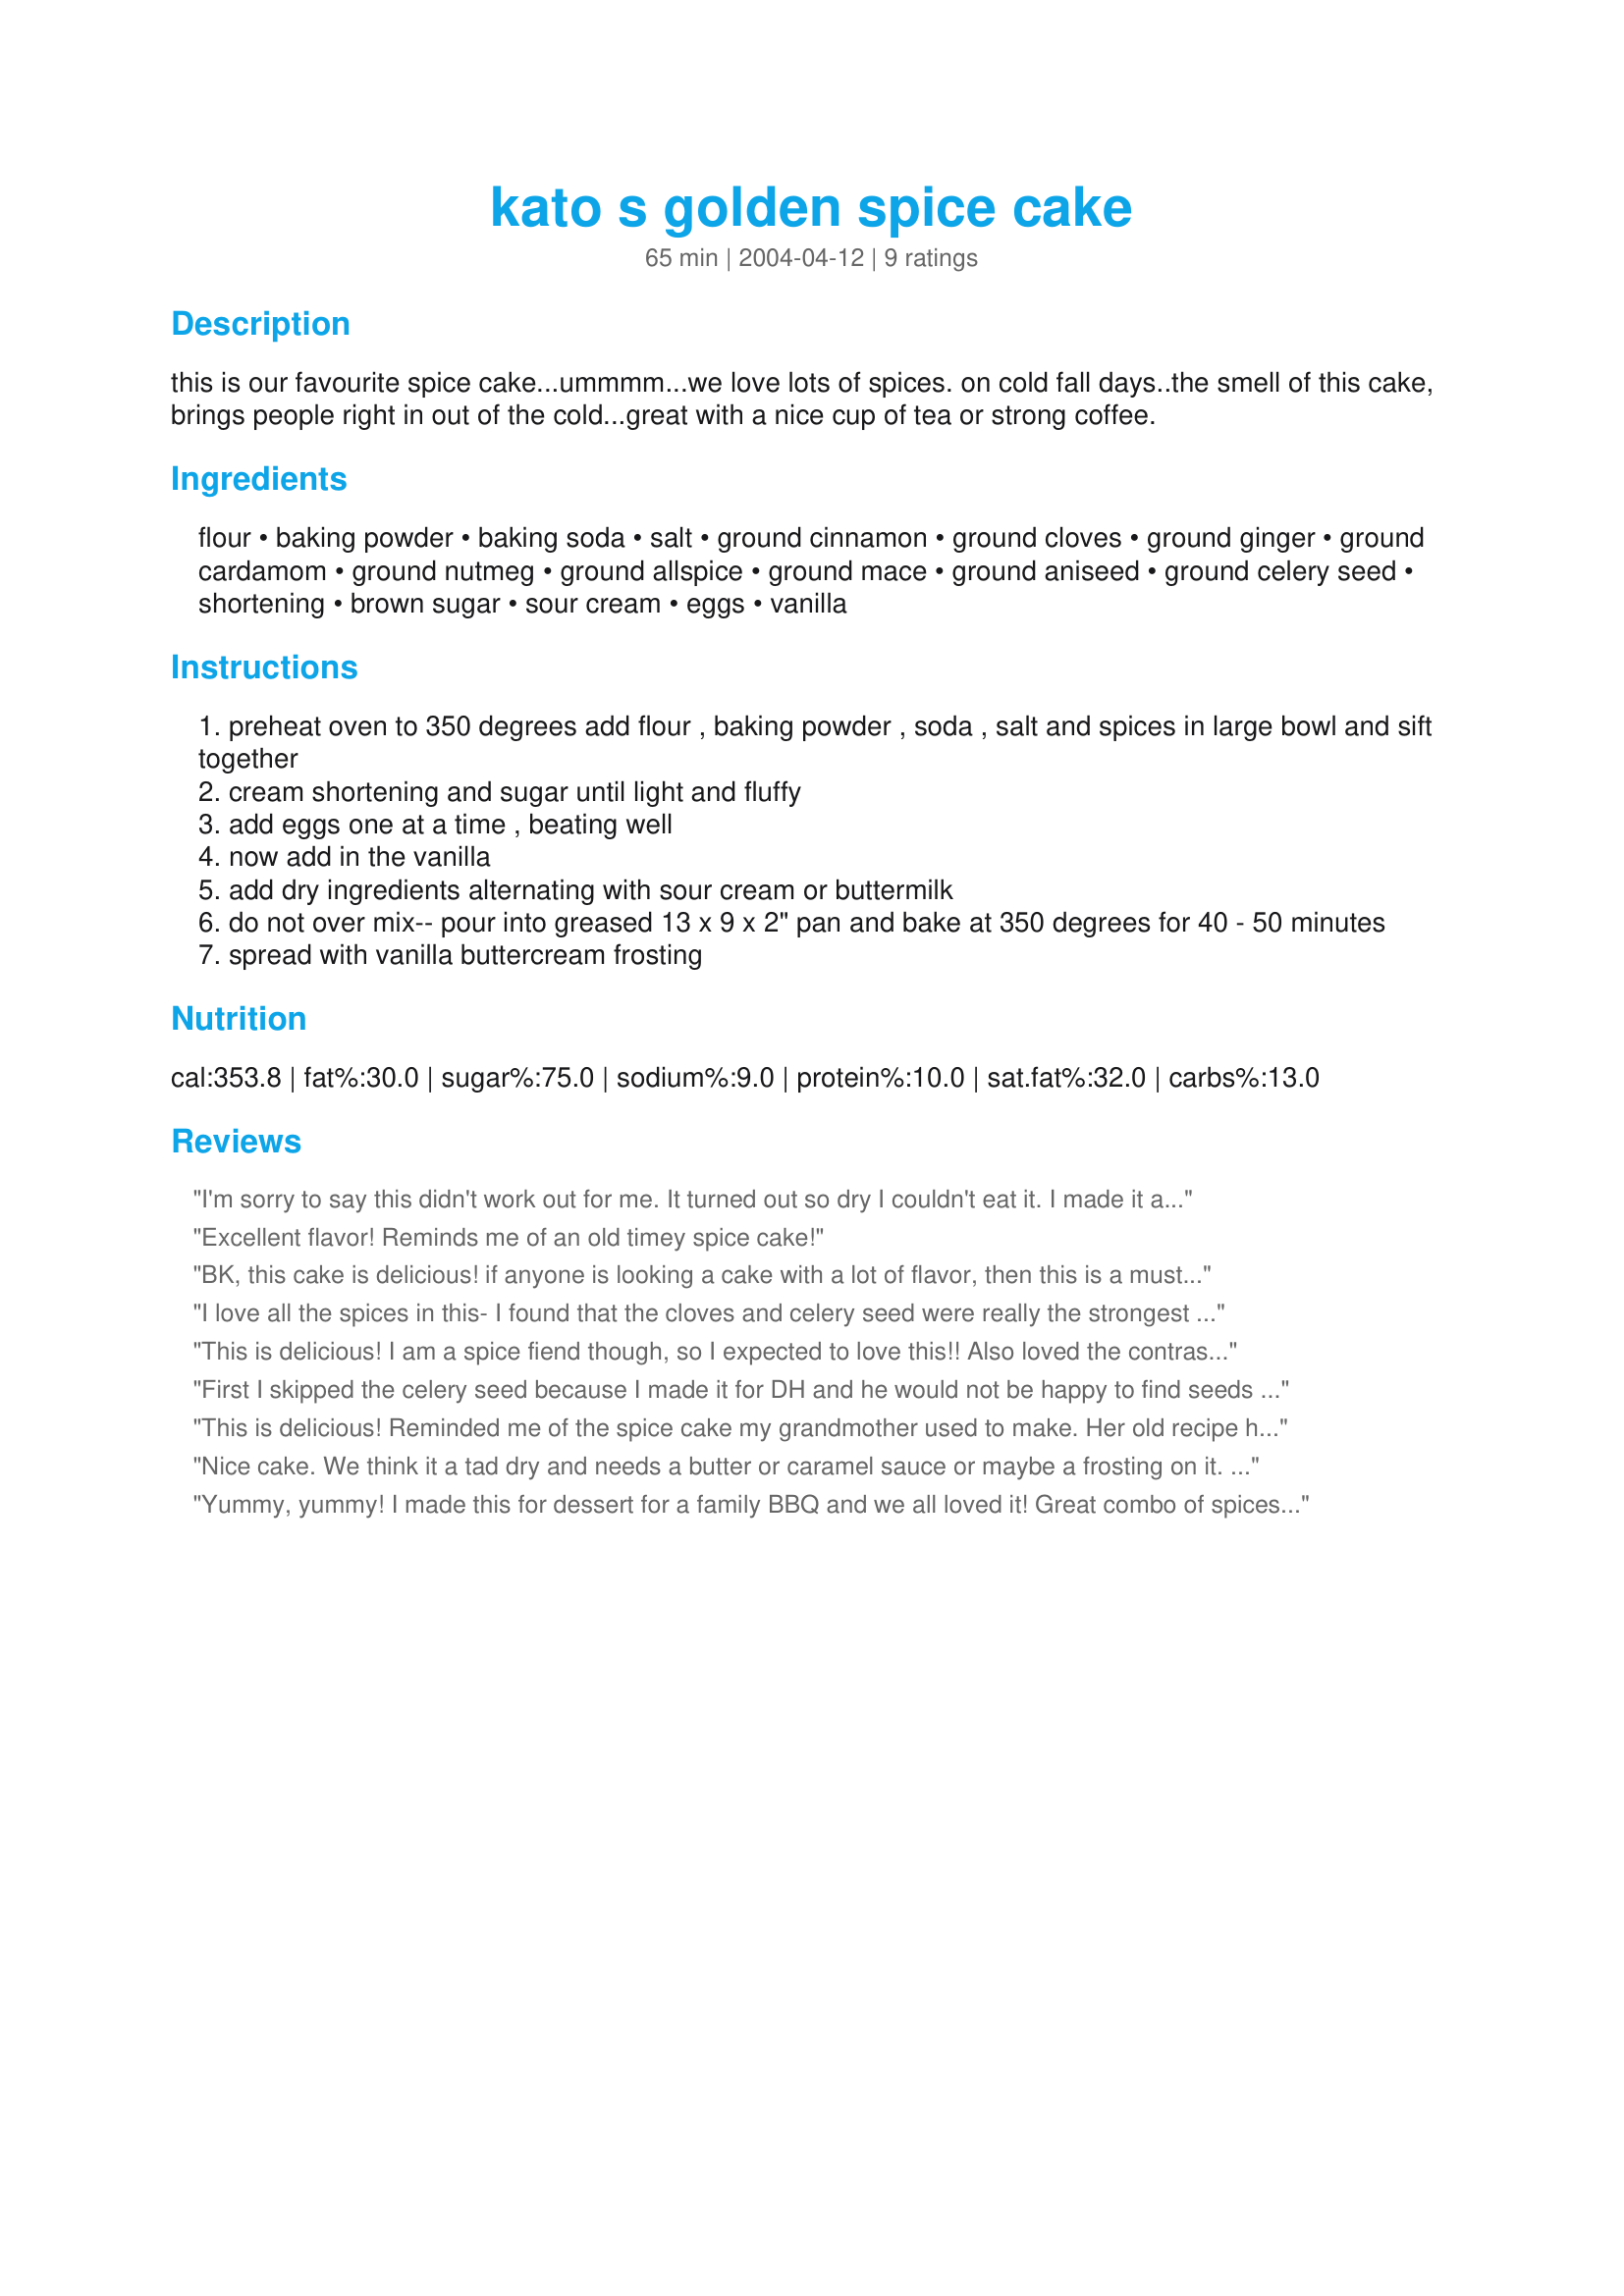
kato s golden spice cake
Preparation time: 65 minutes

this is our favourite spice cake...ummmm...we love lots of spices. on cold fall days..the smell of this cake, brings people right in out of the cold...great with a nice cup of tea or strong coffee.

Ingredients:
flour, baking powder, baking soda, salt, ground cinnamon, ground cloves, ground ginger, ground cardamom, ground nutmeg, ground allspice, ground mace, ground aniseed, ground celery seed, shortening, brown sugar, sour cream, eggs, vanilla

Steps:
preheat oven to 350 degrees add flour , baking powder , soda , salt and spices in large bowl and sift together
cream shortening and sugar until light and fluffy
add eggs one at a time , beating well
now add in the vanilla
add dry ingredients alternating with sour cream or buttermilk
do not over mix-- pour into greased 13 x 9 x 2" pan and bake at 350 degrees for 40 - 50 minutes
spread with vanilla buttercream frosting

Reviews:
I'm sorry to say this didn't work out for me. It turned out so dry I couldn't eat it. I made it according to the recipe just omitting the anise. I used buttermilk and baked it for 40 minutes. I frosted it with recipe#70860. I was so excited to try it but it was so dry I couldn't taste the spices. Perhaps I try it again some day and bake it for less time and I think some applesauce might moisten it up.
Excellent flavor! Reminds me of an old timey spice cake!
BK, this cake is delicious! if anyone is looking a cake with a lot of flavor, then this is a must try, it is wonderful and definately not shy on flavor! (I got to taste some of the crumbs LOL!) I left out the celery seed and anise, and used sour cream, and added everything else as stated. I drizzled my caramel recipe (#78647) over it and will be taking it over to a get together tonight, I am quite certain it will be a big hit! this is definately a keeper, thanks Baby Kato for sharing a wonderful recipe, Happy Holidays! Kitten:)
I love all the spices in this- I found that the cloves and celery seed were really the strongest flavors. Great, I think since cloves aren't less commonly the dominant flavor as say, cinnamon in ginger, and this is the first time I've ever seed celery seed in a baked good (I loved it!!) Next time I might try increasing the other spices to even out the flavors. It rose well and was a lovely gold color. I actually served this as breakfast fare, so I didn't ice it, but I did think it was a little dry so I think that buttercream, as suggested, would be a good touch. It's a little dry un-iced though. I did make a couple substitutions- I used butter rather than shortening and used whole wheat pastry flour for the flour (I've done this in hundreds of recipes with excellent results). I opted for using the buttermilk, the flavor of which I think combines well with the spices. I was really impressed at how well this rose! Thanks for the recipe, Kato! Maybe I will whip up some icing for us to finish this off with. ;)
This is delicious! I am a spice fiend though, so I expected to love this!! Also loved the contrast the sweet vanilla frosting gave to this cake. It was just perfect with my afternoon coffee!
First I skipped the celery seed because I made it for DH and he would not be happy to find seeds in his cake and I also skipped the clove because all I have is whole ones. As it was baking he ask what kind of cake I was ,asking and wasn't impressed when I said spice cake. I topped it with chocolate frosting ( his fav) and he tried it. He was hooked on the first bite and stuffed and praised it for 5 mins then went back for another piece. It bakes up very tall and fluffy and it was fully baked at 40 mins. Buttermilk was my choice. Wonderful cake and worth every star.
This is delicious! Reminded me of the spice cake my grandmother used to make. Her old recipe has been lost for years, so I will make this one from now on! I left out celery seed, as I thought I had it, but it was gone. I will add it next time. I halved the recipe and baked it in a 8' x 8' pan. I didn't frost it but served with a dollop of fat-free Cool Whip.
Nice cake. We think it a tad dry and needs a butter or caramel sauce or maybe a frosting on it. I made as posted with buttermilk. Thanks BabyKato for sharing. Made for Zaar Stars.
Yummy, yummy! I made this for dessert for a family BBQ and we all loved it! Great combo of spices. I omitted the celery seed and topped it with caramel sauce. Delish!
